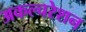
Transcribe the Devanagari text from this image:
अकल्चरेशन